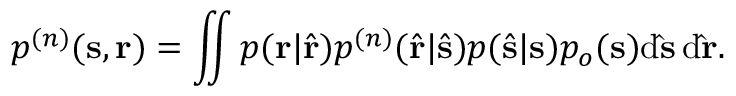
p ^ { ( n ) } ( \mathbf { s } , \mathbf { r } ) = \iint p ( \mathbf { r } | \hat { \mathbf { r } } ) p ^ { ( n ) } ( \hat { \mathbf { r } } | \hat { \mathbf { s } } ) p ( \hat { \mathbf { s } } | \mathbf { s } ) p _ { o } ( \mathbf { s } ) \mathrm { { d } \hat { \mathbf { s } } \, \mathrm { { d } \hat { \mathbf { r } } . } }